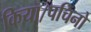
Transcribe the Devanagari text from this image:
किया।पचिनो